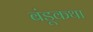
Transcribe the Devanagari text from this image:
बंडूकथा